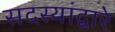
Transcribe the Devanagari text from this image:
सदस्यांद्वारे